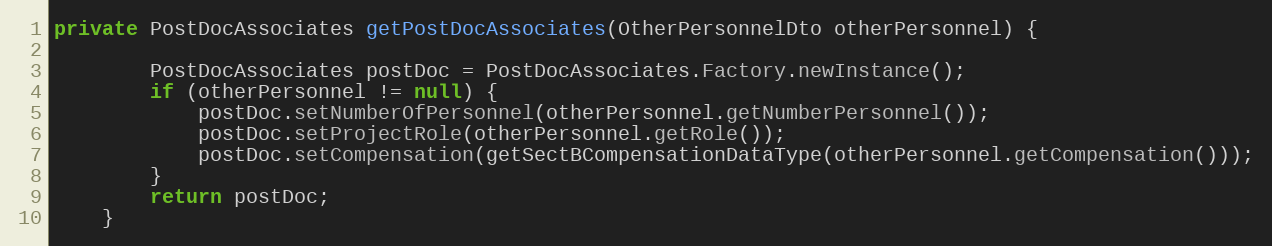
Language: Java
private PostDocAssociates getPostDocAssociates(OtherPersonnelDto otherPersonnel) {

        PostDocAssociates postDoc = PostDocAssociates.Factory.newInstance();
        if (otherPersonnel != null) {
            postDoc.setNumberOfPersonnel(otherPersonnel.getNumberPersonnel());
            postDoc.setProjectRole(otherPersonnel.getRole());
            postDoc.setCompensation(getSectBCompensationDataType(otherPersonnel.getCompensation()));
        }
        return postDoc;
    }